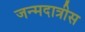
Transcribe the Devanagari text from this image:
जन्मदात्रीस